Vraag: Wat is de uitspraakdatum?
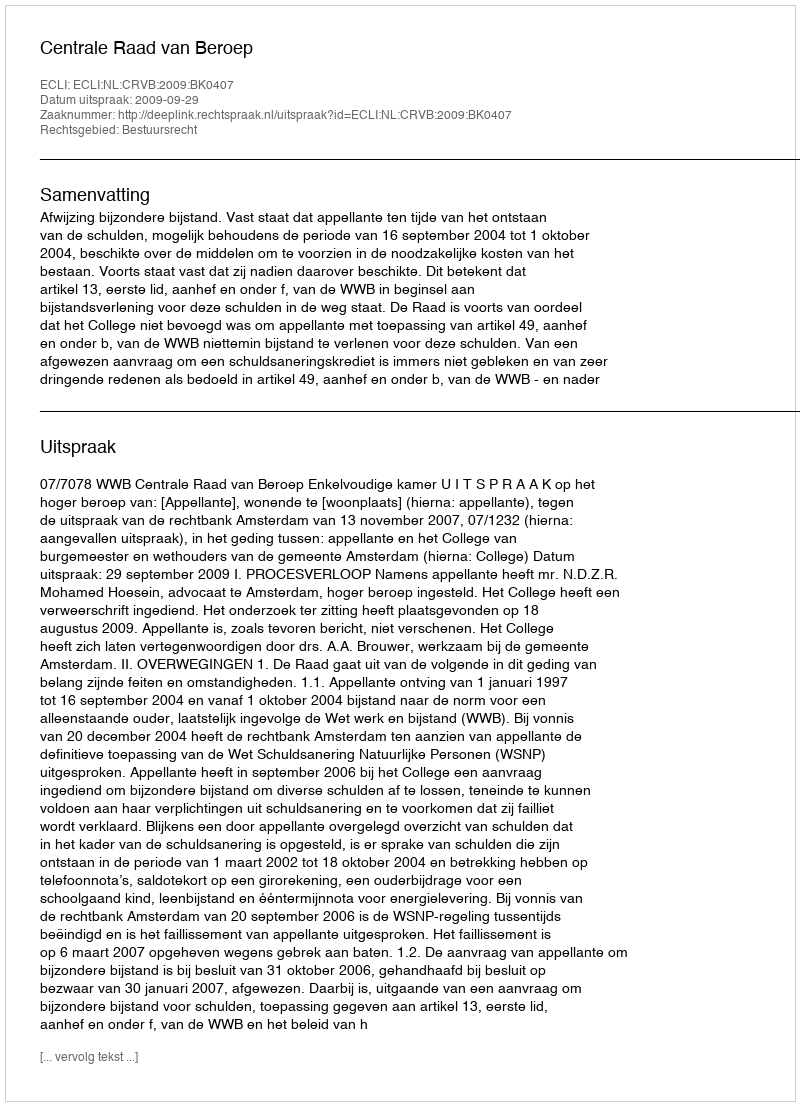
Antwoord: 2009-09-29